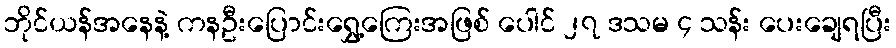
ဘိုင်ယန်အနေနဲ့ ကနဦးပြောင်းရွှေ့ကြေးအဖြစ် ပေါင် ၂၇ ဒသမ ၄ သန်း ပေးချေရပြီး